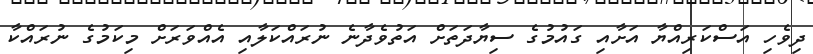
ދިވެހި އަސްކަރިއްޔާ އަށާއި ގައުމުގެ ސިޔާދަތަށް އަތުވެދާނެ ނުރައްކަލާއި އެއްވަރަށް މިކަމުގެ ނުރައްކާ